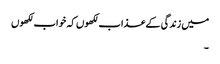
میں زندگی کے عذاب لکھوں کہ خواب لکھوں
۔